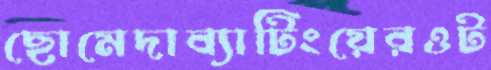
ছোমেদাব্যাটিংয়েরওট